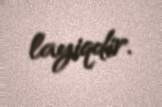
layiqdir.